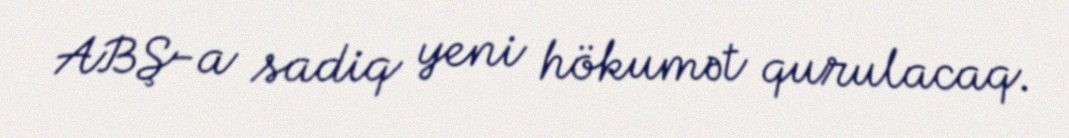
ABŞ-a sadiq yeni hökumət qurulacaq.